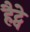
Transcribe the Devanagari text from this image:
हैट्वे